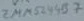
Text: ZMM5244B7